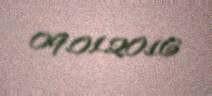
09.01.2016